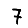
Digit: 7